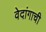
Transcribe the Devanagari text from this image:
वेदांगाची